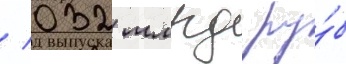
/ 032 млрд ру́б